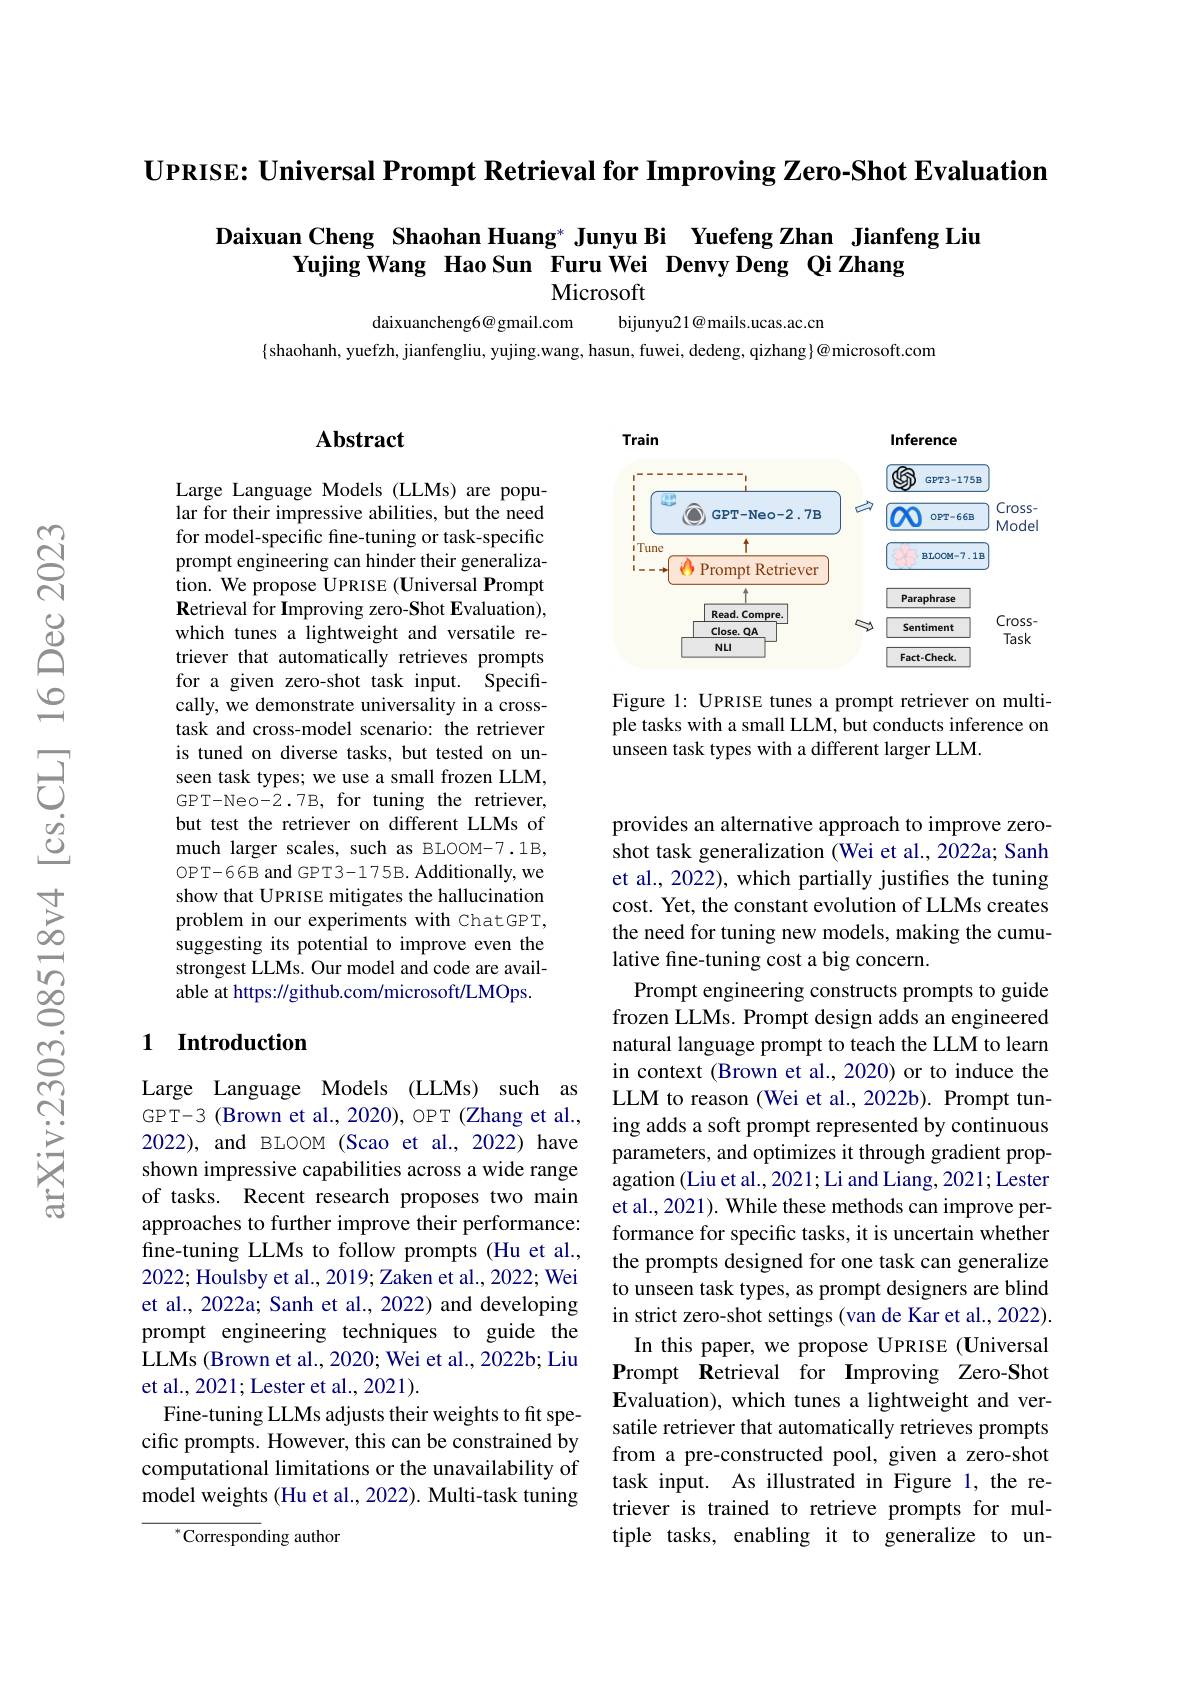
$\textbf{UPRISE: Universal Prompt Retrieval for Improving Zero- Shot Evaluation}$

## Daixuan Cheng Shaohan Huang* Junyu Bi Yuefeng Zhan Jianfeng Liu Yujing Wang Hao Sun Furu Wei Denvy Deng Qi Zhang Microsoft

daixuancheng6@ gmail.com
bijunyu21@ mails.ucas.ac.cn

## Abstract

<FigureHere>

Figure 1: UPRISE tunes a prompt retriever on multiple tasks with a small LLM, but conducts inference on unseen task types with a different larger LLM.

Large Language Models (LLMs) are popular for their impressive abilities, but the need for model-specific fine-tuning or task-specific prompt engineering can hinder their generalization. We propose UPRISE (Universal Prompt Retrieval for Improving zero-Shot Evaluation), which tunes a lightweight and versatile retriever that automatically retrieves prompts for a given zero-shot task input. Specifically, we demonstrate universality in a crosstask and cross-model scenario: the retriever is tuned on diverse tasks, but tested on unseen task types; we use a small frozen LLM, GPT-Neo-2.7B, for tuning the retriever, but test the retriever on different LLMs of much larger scales, such as BLOOM-7.1B, OPT-66B and GPT3-175B. Additionally, we show that UPRISE mitigates the hallucination problem in our experiments with ChatGPT, suggesting its potential to improve even the strongest LLMs. Our model and code are available at https://github.com/microsoft/LMOps.

## 1 Introduction

provides an alternative approach to improve zeroshot task generalization (Wei et al., 2022a; Sanh et al., 2022), which partially justifies the tuning cost. Yet, the constant evolution of LLMs creates the need for tuning new models, making the cumulative fine-tuning cost a big concern.
Prompt engineering constructs prompts to guide frozen LLMs. Prompt design adds an engineered natural language prompt to teach the LLM to learn in context (Brown et al., 2020) or to induce the LLM to reason (Wei et al., 2022b). Prompt tuning adds a soft prompt represented by continuous parameters, and optimizes it through gradient propagation (Liu et al., 2021; Li and Liang, 2021; Lester et al., 2021). While these methods can improve performance for specific tasks, it is uncertain whether the prompts designed for one task can generalize to unseen task types, as prompt designers are blind in strict zero-shot settings (van de Kar et al., 2022).
In this paper, we propose UPRISE(Universal Prompt Retrieval for Improving Zero-Shot $E$valuation), which tunes a lightweight and versatile retriever that automatically retrieves prompts from a pre-constructed pool, given a zero-shot task input. As illustrated in Figure 1, the retriever is trained to retrieve prompts for multiple tasks, enabling it to generalize to un-

Large Language Models (LLMs) such as GPT-3 (Brown et al., 2020), OPT (Zhang et al., 2022), and BLOOM (Scao et al., 2022) have shown impressive capabilities across a wide range of tasks. Recent research proposes two main approaches to further improve their performance: fine-tuning LLMs to follow prompts (Hu et al., 2022; Houlsby et al., 2019; Zaken et al., 2022; Wei et al., 2022a; Sanh et al., 2022) and developing prompt engineering techniques to guide the LLMs (Brown et al., 2020; Wei et al., 2022b; Liu et al., 2021; Lester et al., 2021).
Fine-tuning LLMs adjusts their weights to fit specific prompts. However, this can be constrained by computational limitations or the unavailability of model weights (Hu et al., 2022). Multi-task tuning

$^{*}$Corresponding author